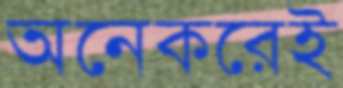
অনেকরেই